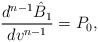
\begin{align*} \frac{d^{n-1}\hat{B}_1}{dv^{n-1}}=P_0,\end{align*}